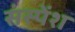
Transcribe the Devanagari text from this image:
संस्‍पेंश